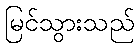
မြင်သွားသည်